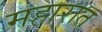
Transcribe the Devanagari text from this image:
महारात